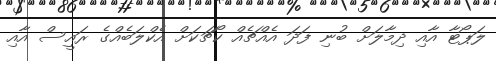
ލަޕޯޓާ އާއި ދިމާލަށް ބުނި ފަދަ އެއްޗެއް ކޯޗަކަށް އެކްލަބެއްގެ ރައީސް އާއި